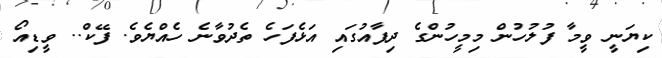
ކިޔަނީ ވީމާ ފުލުހުން މިމީހުންގެ ދިފާއުގައި އަޅެފަހެ ތެދުވާނެ ހެއްޔެވެ. ފޭކް.. ވީޑިއޯ